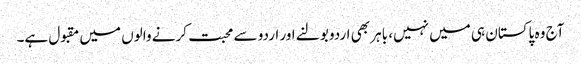
آج وہ پاکستان ہی میں نہیں، باہر بھی اردو بولنے اور اردو سے محبت کرنے والوں میں مقبول ہے۔